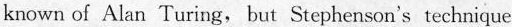
known of Alan Turing, but Stephenson's technique